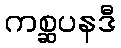
ကစ္ဆပနဒီ